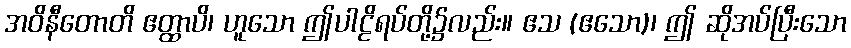
အဝိနီတောတိ ဧတ္ထာပိ၊ ဟူသော ဤပါဠိရပ်တို့၌လည်း။ ဧသ (ဧသော)၊ ဤ ဆိုအပ်ပြီးသော